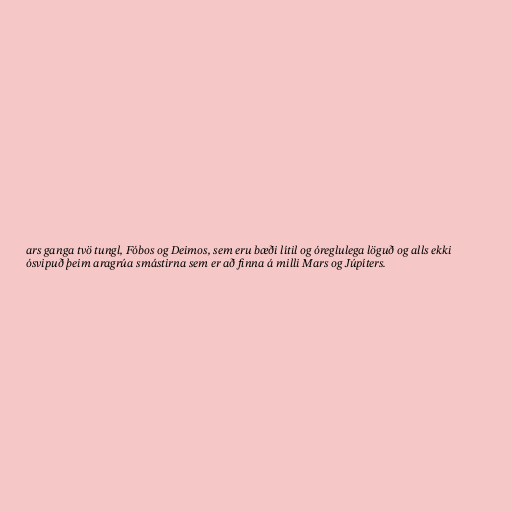
ars ganga tvö tungl, Fóbos og Deimos, sem eru bæði lítil og óreglulega löguð og alls ekki
ósvipuð þeim aragrúa smástirna sem er að finna á milli Mars og Júpíters.